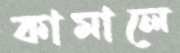
কামালে